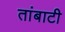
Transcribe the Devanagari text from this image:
तांबाटी